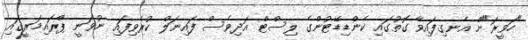
"ހަވީރަ"ށް އެނގިފައިވާ ގޮތުގައި ކެންޑިޑޭޓުންގެ ލިސްޓް އަދިވެސް ފައިނަލް ކުރެވިފައި ނުވަނީ ޕްރައިމަރީގައި